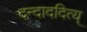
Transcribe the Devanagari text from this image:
दन्दाददित्य्